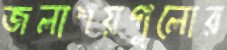
জলাশয়গুলোর